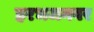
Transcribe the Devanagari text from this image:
हरभजनवर